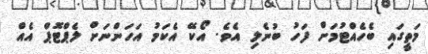
މަތީގައި ބެހެއްޓުމަށް ފަހު ބުނެލި އެވެ. އޯކޭ އެކަމު އަހަންނަށް ލެޕްޓޮޕް އެއް